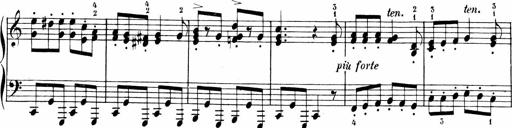
Title: 6 Liedersonatinen
Composer: Carl Reinecke